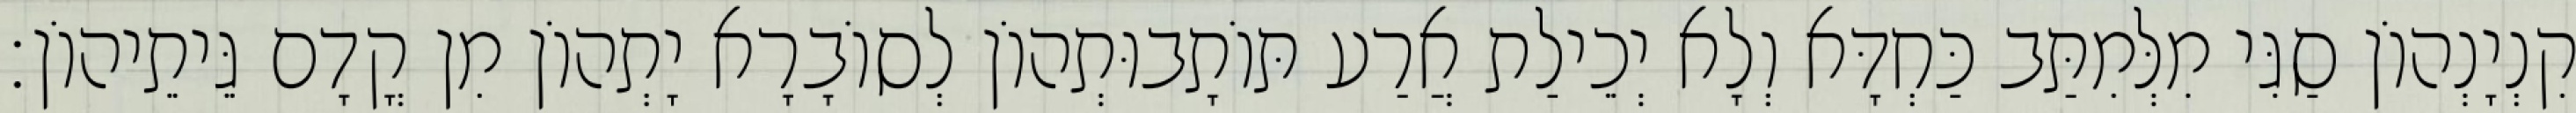
קִנְיָנְהוֹן סַגִּי מִלְּמִתַּב כַּחְדָּא וְלָא יְכֵילַת אֲרַע תּוֹתָבוּתְהוֹן לְסוֹבָרָא יָתְהוֹן מִן קֳדָם גֵּיתֵיהוֹן׃